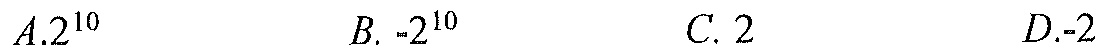
\(A.2^{10}\)  \(B. -2^{10}\)  \(C. 2\)  \(D.-2\)